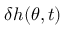
\delta h ( \theta , t )